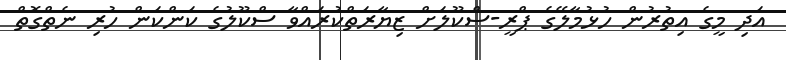
އަދި މީގެ އިތުރުން ހުޅުމާލޭގެ ޕްރީ-ސްކޫލަށް ޒިޔާރަތްކުރައްވާ ސްކޫލުގެ ކަންކަން ހުރި ނެތްގޮތް